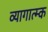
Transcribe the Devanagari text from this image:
व्यागात्म्क